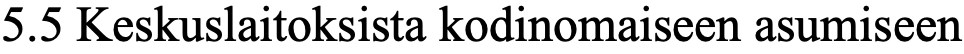
5.5 Keskuslaitoksista kodinomaiseen asumiseen